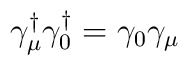
\gamma_\mu^\dagger \gamma_0^\dagger = \gamma_0 \gamma_\mu